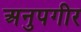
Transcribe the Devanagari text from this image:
अनुपगीर